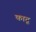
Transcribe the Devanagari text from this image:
काटू